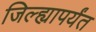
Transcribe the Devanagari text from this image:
जिल्ह्यापर्यंत